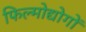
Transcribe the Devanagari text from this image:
फिल्मोद्योगों